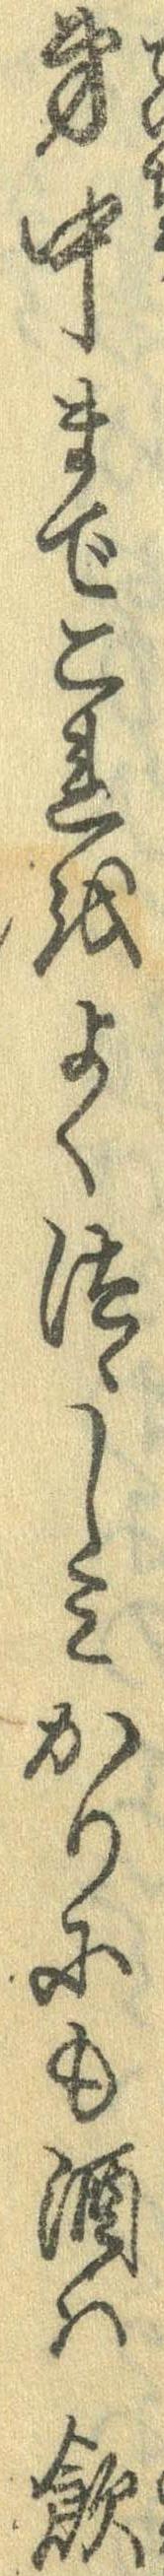
弟中までこれをよくつゝしみかりにも酒は飲